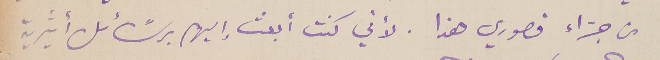
من جرّاء قصوري هذا. لأني كنت أبعث إليهم برسًائل أثيرية